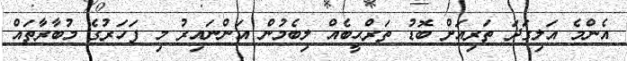
އެންމެ އަލިގަދަ ތަރިއަށް ބޮޑު ތަރްޙީބެއް ލިބެމުން އަންނައިރު މި ފަހަރުގެ މުބާރާތައް